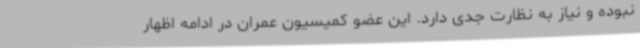
نبوده و نیاز به نظارت جدی دارد. این عضو کمیسیون عمران در ادامه اظهار